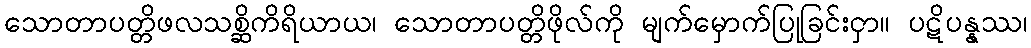
သောတာပတ္တိဖလသစ္ဆိကိရိယာယ၊ သောတာပတ္တိဖိုလ်ကို မျက်မှောက်ပြုခြင်းငှာ။ ပဋိပန္နဿ၊